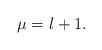
LaTeX: \begin{align*}\mu=\l+1. \end{align*}